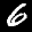
Label: 6